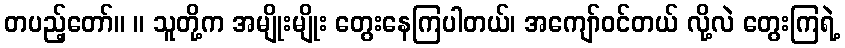
တပည့်တော်။ ။ သူတို့က အမျိုးမျိုး တွေးနေကြပါတယ်၊ အကျော်ဝင်တယ် လို့လဲ တွေးကြရဲ့